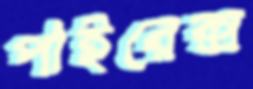
পাইরেক্স